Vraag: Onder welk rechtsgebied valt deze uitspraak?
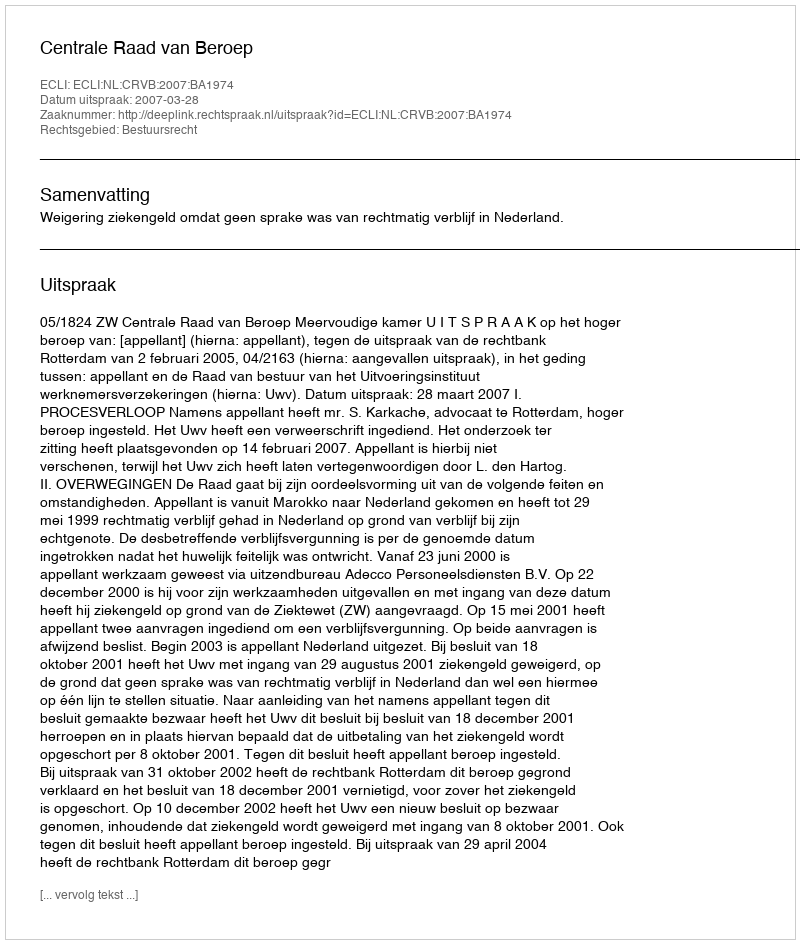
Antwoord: Bestuursrecht